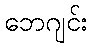
ဘေဂျင်း